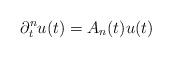
LaTeX: \begin{align*} \partial_t^n u(t) = A_n(t) u(t)\end{align*}